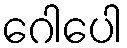
ဂေါပေါ